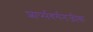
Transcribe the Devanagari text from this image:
शार्प्सबर्गनजीक